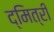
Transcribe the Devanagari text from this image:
द्मित्री